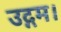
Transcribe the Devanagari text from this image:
उद्गम।